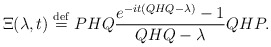
\begin{align*}\Xi(\lambda,t)\stackrel{\rm def} {=} PHQ \frac{e^{-it(QHQ - \lambda)}-1}{QHQ -\lambda}QHP.\end{align*}